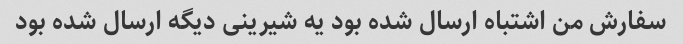
سفارش من اشتباه ارسال شده بود یه شیرینی دیگه ارسال شده بود